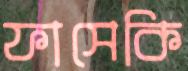
ফাসেকি